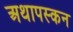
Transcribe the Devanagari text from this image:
अथापस्कन